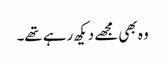
وہ بھی مجھے دیکھ رہے تھے۔